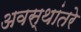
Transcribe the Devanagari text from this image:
अवस्थांतरे